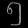
Digit: ၅